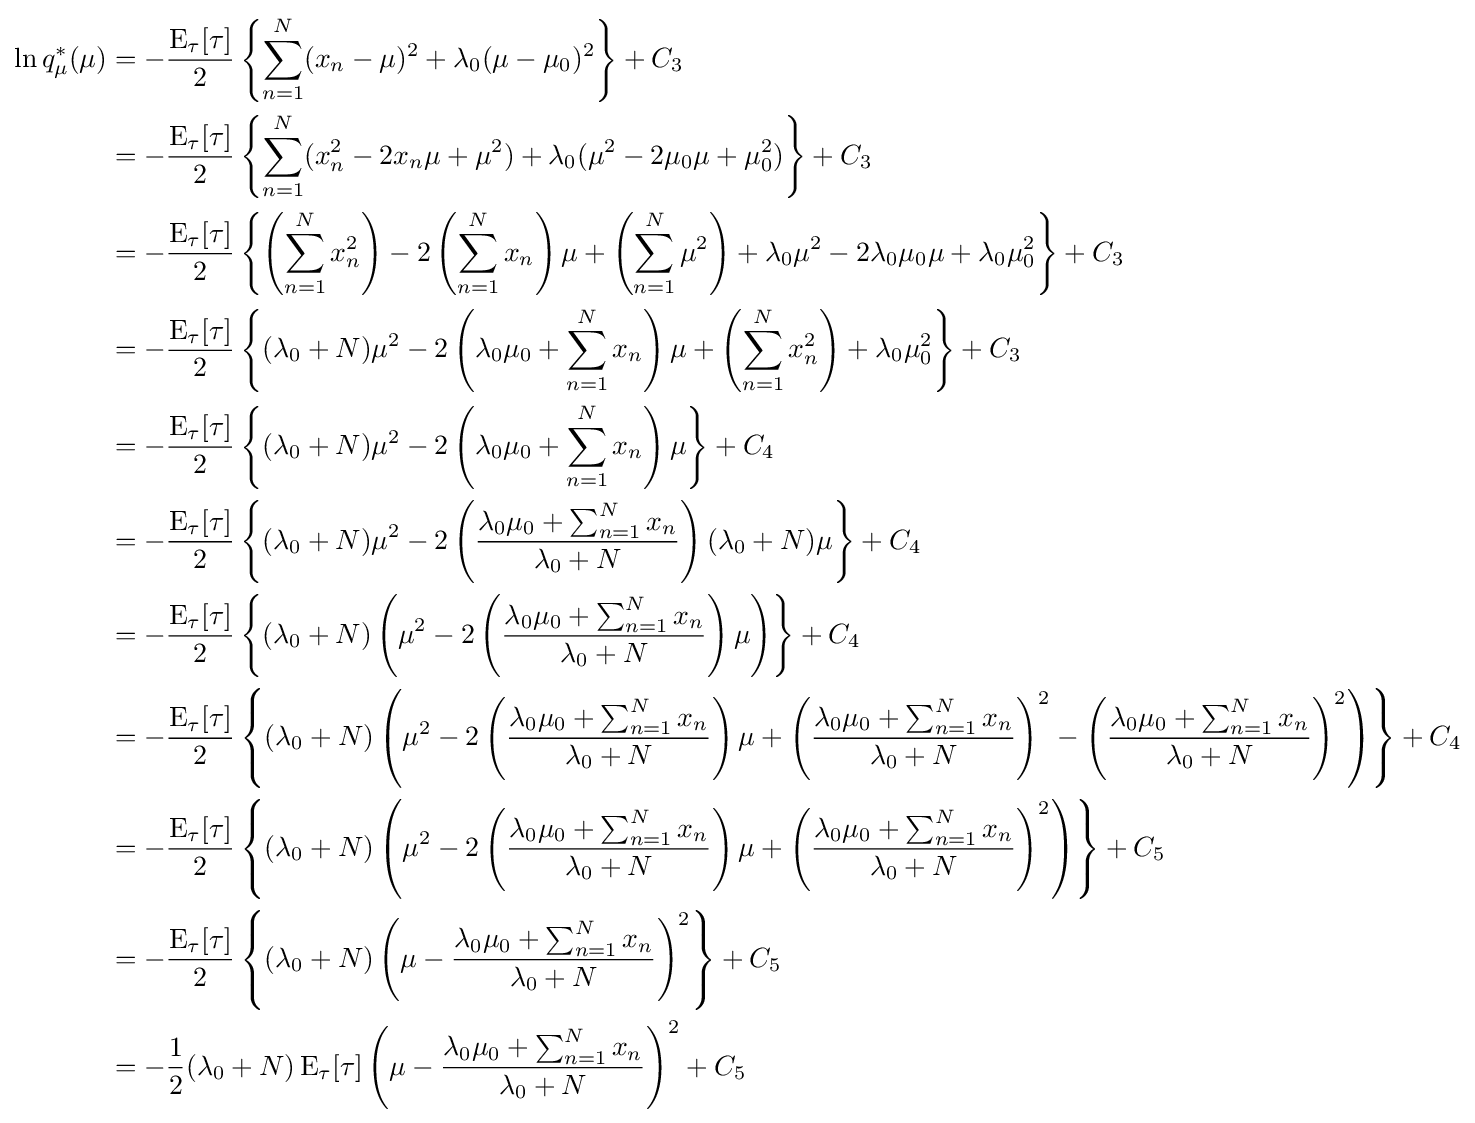
{\begin{aligned}\ln q_{\mu }^{*}(\mu )&=-{\frac {\operatorname {E} _{\tau }[\tau ]}{2}}\left\{\sum _{n=1}^{N}(x_{n}-\mu )^{2}+\lambda _{0}(\mu -\mu _{0})^{2}\right\}+C_{3}\\&=-{\frac {\operatorname {E} _{\tau }[\tau ]}{2}}\left\{\sum _{n=1}^{N}(x_{n}^{2}-2x_{n}\mu +\mu ^{2})+\lambda _{0}(\mu ^{2}-2\mu _{0}\mu +\mu _{0}^{2})\right\}+C_{3}\\&=-{\frac {\operatorname {E} _{\tau }[\tau ]}{2}}\left\{\left(\sum _{n=1}^{N}x_{n}^{2}\right)-2\left(\sum _{n=1}^{N}x_{n}\right)\mu +\left(\sum _{n=1}^{N}\mu ^{2}\right)+\lambda _{0}\mu ^{2}-2\lambda _{0}\mu _{0}\mu +\lambda _{0}\mu _{0}^{2}\right\}+C_{3}\\&=-{\frac {\operatorname {E} _{\tau }[\tau ]}{2}}\left\{(\lambda _{0}+N)\mu ^{2}-2\left(\lambda _{0}\mu _{0}+\sum _{n=1}^{N}x_{n}\right)\mu +\left(\sum _{n=1}^{N}x_{n}^{2}\right)+\lambda _{0}\mu _{0}^{2}\right\}+C_{3}\\&=-{\frac {\operatorname {E} _{\tau }[\tau ]}{2}}\left\{(\lambda _{0}+N)\mu ^{2}-2\left(\lambda _{0}\mu _{0}+\sum _{n=1}^{N}x_{n}\right)\mu \right\}+C_{4}\\&=-{\frac {\operatorname {E} _{\tau }[\tau ]}{2}}\left\{(\lambda _{0}+N)\mu ^{2}-2\left({\frac {\lambda _{0}\mu _{0}+\sum _{n=1}^{N}x_{n}}{\lambda _{0}+N}}\right)(\lambda _{0}+N)\mu \right\}+C_{4}\\&=-{\frac {\operatorname {E} _{\tau }[\tau ]}{2}}\left\{(\lambda _{0}+N)\left(\mu ^{2}-2\left({\frac {\lambda _{0}\mu _{0}+\sum _{n=1}^{N}x_{n}}{\lambda _{0}+N}}\right)\mu \right)\right\}+C_{4}\\&=-{\frac {\operatorname {E} _{\tau }[\tau ]}{2}}\left\{(\lambda _{0}+N)\left(\mu ^{2}-2\left({\frac {\lambda _{0}\mu _{0}+\sum _{n=1}^{N}x_{n}}{\lambda _{0}+N}}\right)\mu +\left({\frac {\lambda _{0}\mu _{0}+\sum _{n=1}^{N}x_{n}}{\lambda _{0}+N}}\right)^{2}-\left({\frac {\lambda _{0}\mu _{0}+\sum _{n=1}^{N}x_{n}}{\lambda _{0}+N}}\right)^{2}\right)\right\}+C_{4}\\&=-{\frac {\operatorname {E} _{\tau }[\tau ]}{2}}\left\{(\lambda _{0}+N)\left(\mu ^{2}-2\left({\frac {\lambda _{0}\mu _{0}+\sum _{n=1}^{N}x_{n}}{\lambda _{0}+N}}\right)\mu +\left({\frac {\lambda _{0}\mu _{0}+\sum _{n=1}^{N}x_{n}}{\lambda _{0}+N}}\right)^{2}\right)\right\}+C_{5}\\&=-{\frac {\operatorname {E} _{\tau }[\tau ]}{2}}\left\{(\lambda _{0}+N)\left(\mu -{\frac {\lambda _{0}\mu _{0}+\sum _{n=1}^{N}x_{n}}{\lambda _{0}+N}}\right)^{2}\right\}+C_{5}\\&=-{\frac {1}{2}}(\lambda _{0}+N)\operatorname {E} _{\tau }[\tau ]\left(\mu -{\frac {\lambda _{0}\mu _{0}+\sum _{n=1}^{N}x_{n}}{\lambda _{0}+N}}\right)^{2}+C_{5}\end{aligned}}